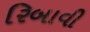
રિબાવી